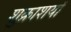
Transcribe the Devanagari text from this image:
शुक्राशयों